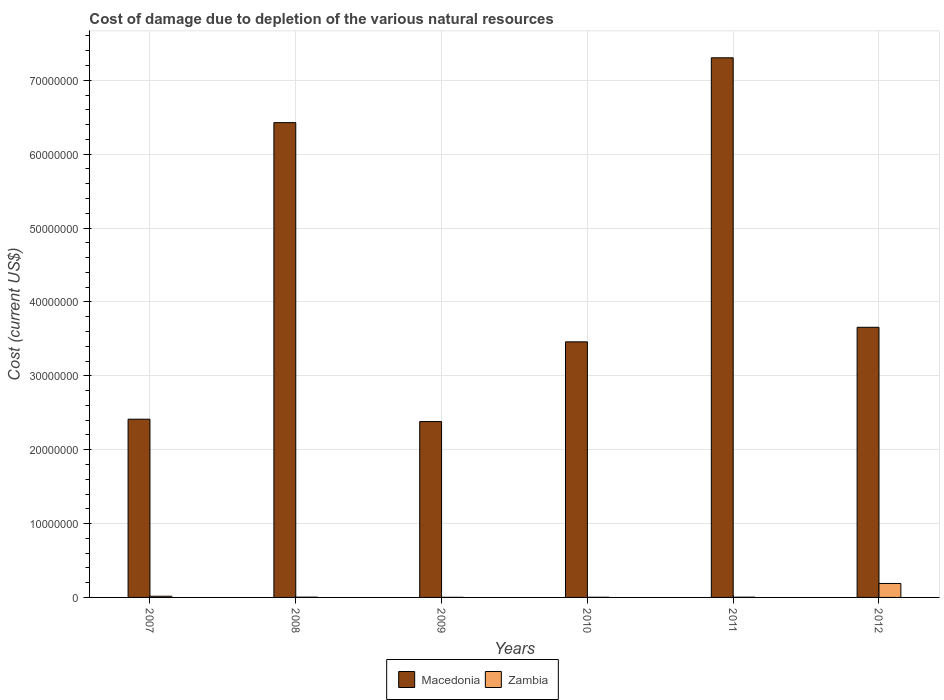
| Years | Macedonia | Zambia |
 | --- | --- | --- |
 | 2007 | 2.41e+07 | 1.61e+05 |
 | 2008 | 6.43e+07 | 3.53e+04 |
 | 2009 | 2.38e+07 | 1.19e+04 |
 | 2010 | 3.46e+07 | 2.16e+04 |
 | 2011 | 7.3e+07 | 3.14e+04 |
 | 2012 | 3.66e+07 | 1.89e+06 |